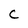
Character: C